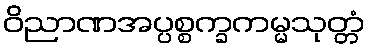
ဝိညာဏအပ္ပစ္စက္ခကမ္မသုတ္တံ